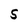
Character: S